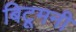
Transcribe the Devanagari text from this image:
बिटूमनी